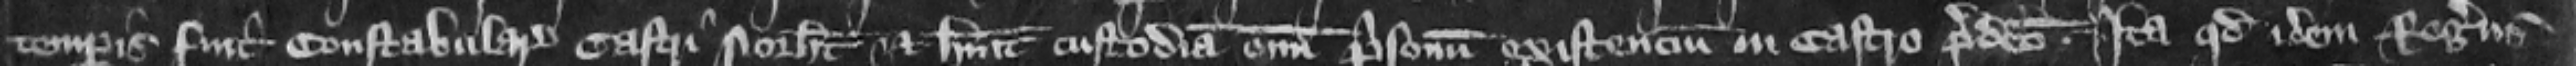
temporis fuit constabularius castri Northamton et habuit custodiam omnium prisonum existencium in castro predicto. Ita quod idem Rogerus